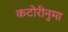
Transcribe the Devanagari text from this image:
कटोरीनुमा